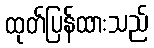
ထုတ်ပြန်ထားသည်